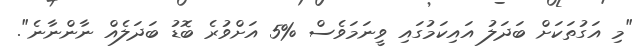
"މި އަގުތަކަށް ބަދަލު އައިކަމުގައި ވީނަމަވެސް %5 އަށްވުރެ ބޮޑު ބަދަލެއް ނާންނާނެ".